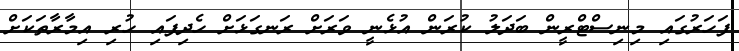
ފަހަރުގައި މިނިސްޓްރީން ބަދަލު ކުރަން އުޅެނީ ވަރަށް ރަނގަޅަށް ހެދިފައި ހުރި އިމާރާތަކަށް